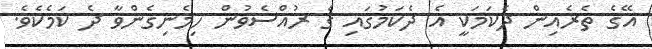
އޭގެ ތެރެއިން ދެކަމަކީ އެ ދެކަމުގައި ގެ ރުއްސެވުން ހިމެނިގެންވާ ދެ ކަމެކެވެ.